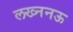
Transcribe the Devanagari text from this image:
लख्ननऊ